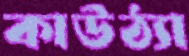
কাউঠ্যা